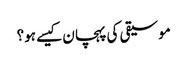
موسیقی کی پہچان کیسے ہو؟